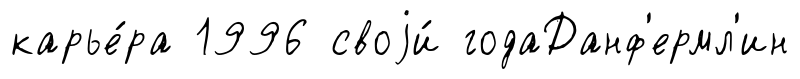
карье́ра 1996 своjи́ годаДанф'ермл'ин